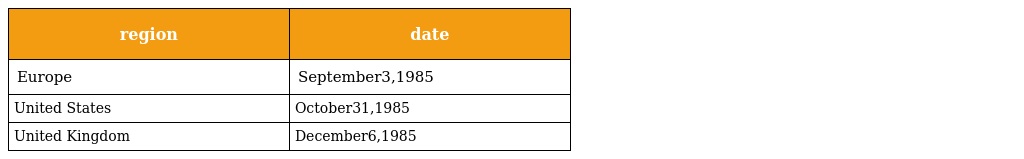
| region | date |
 | --- | --- |
 | Europe | September3,1985 |
 | United States | October31,1985 |
 | United Kingdom | December6,1985 |